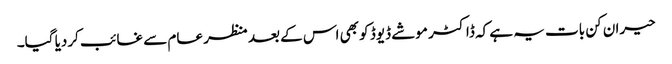
حیران کن بات یہ ہے کہ ڈاکٹر موشے ڈیوڈ کو بھی اس کے بعد منظر عام سے غائب کردیا گیا۔